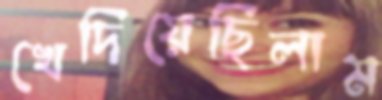
খেদিয়েছিলাম